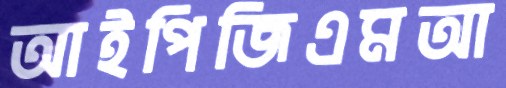
আইপিজিএমআ